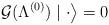
LaTeX: \begin{align*}\left. {\cal G}(\Lambda ^{(0)})\mid \cdot \right\rangle =0\end{align*}